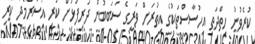
ކުރެވުނު ހިތްދަތި އިހުސާސްތަކުގެ އިތުރަށް ވަރީގެ ސަބަބުން ދަރިފުޅަށް ކުރި އަސަރާމެދު ކުރި